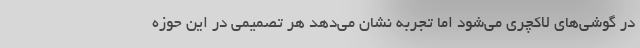
در گوشی‌های لاکچری می‌شود اما تجربه نشان می‌دهد هر تصمیمی در این حوزه